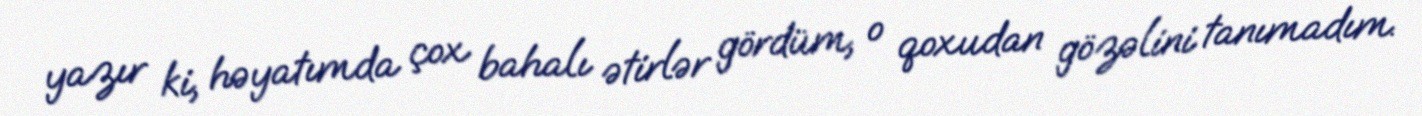
yazır ki, həyatımda çox bahalı ətirlər gördüm, o qoxudan gözəlini tanımadım.